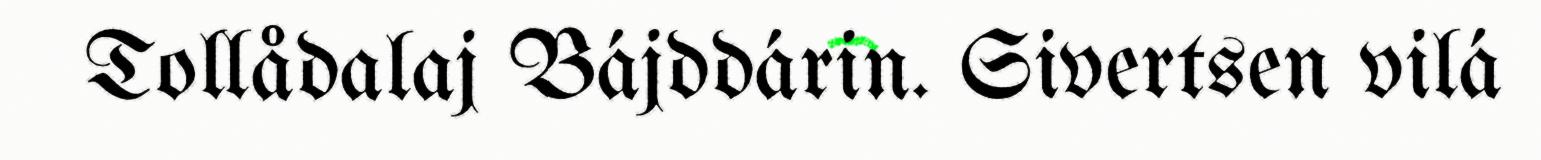
Tollådalaj Bájddárin. Sivertsen vilá